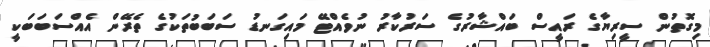
މިގޮތުން ސީރިޔާގެ ރައީސް ބައްޝާރުގެ ސަރުކާރު ނުވެއްޓޭ މައިގަނޑު ސަބަބުތަކުގެ ތެރޭން އެއްސަބަބަކީ